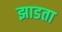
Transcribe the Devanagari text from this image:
झाडता